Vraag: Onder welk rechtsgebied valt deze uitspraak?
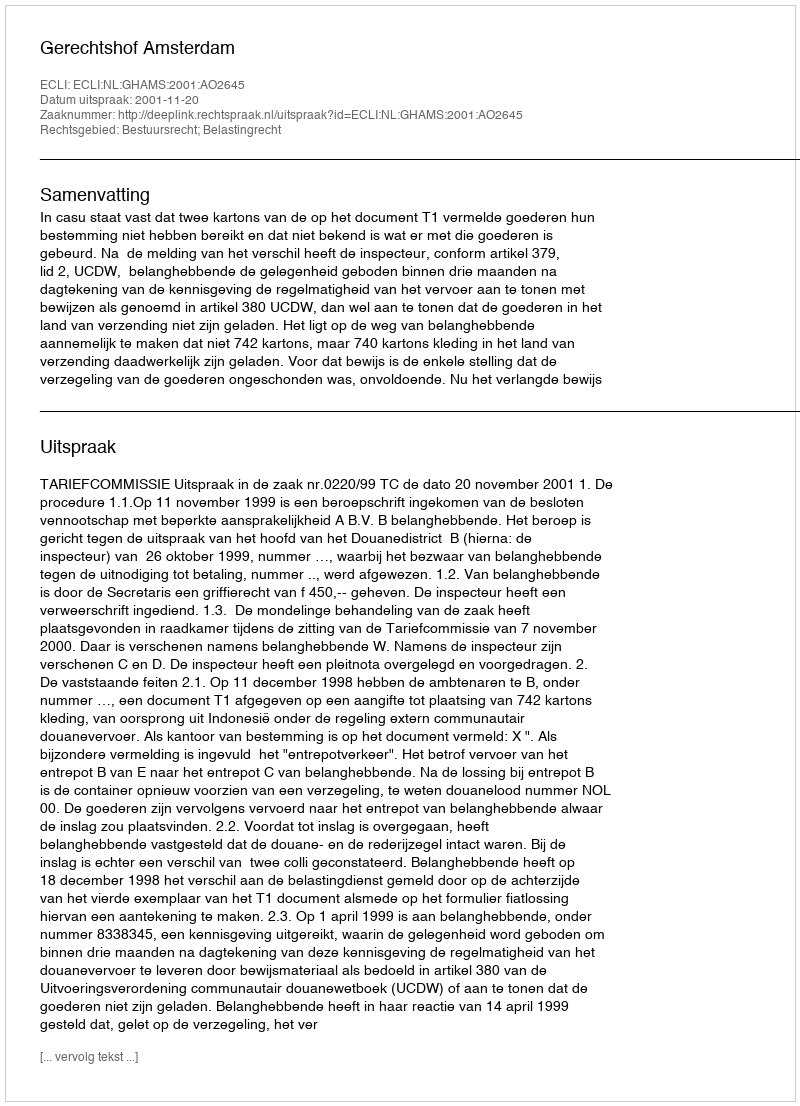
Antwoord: Bestuursrecht; Belastingrecht